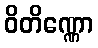
ဝိတိဏ္ဏော